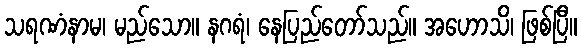
သရဏံနာမ၊ မည်သော။ နဂရံ၊ နေပြည်တော်သည်။ အဟောသိ၊ ဖြစ်ပြီ။